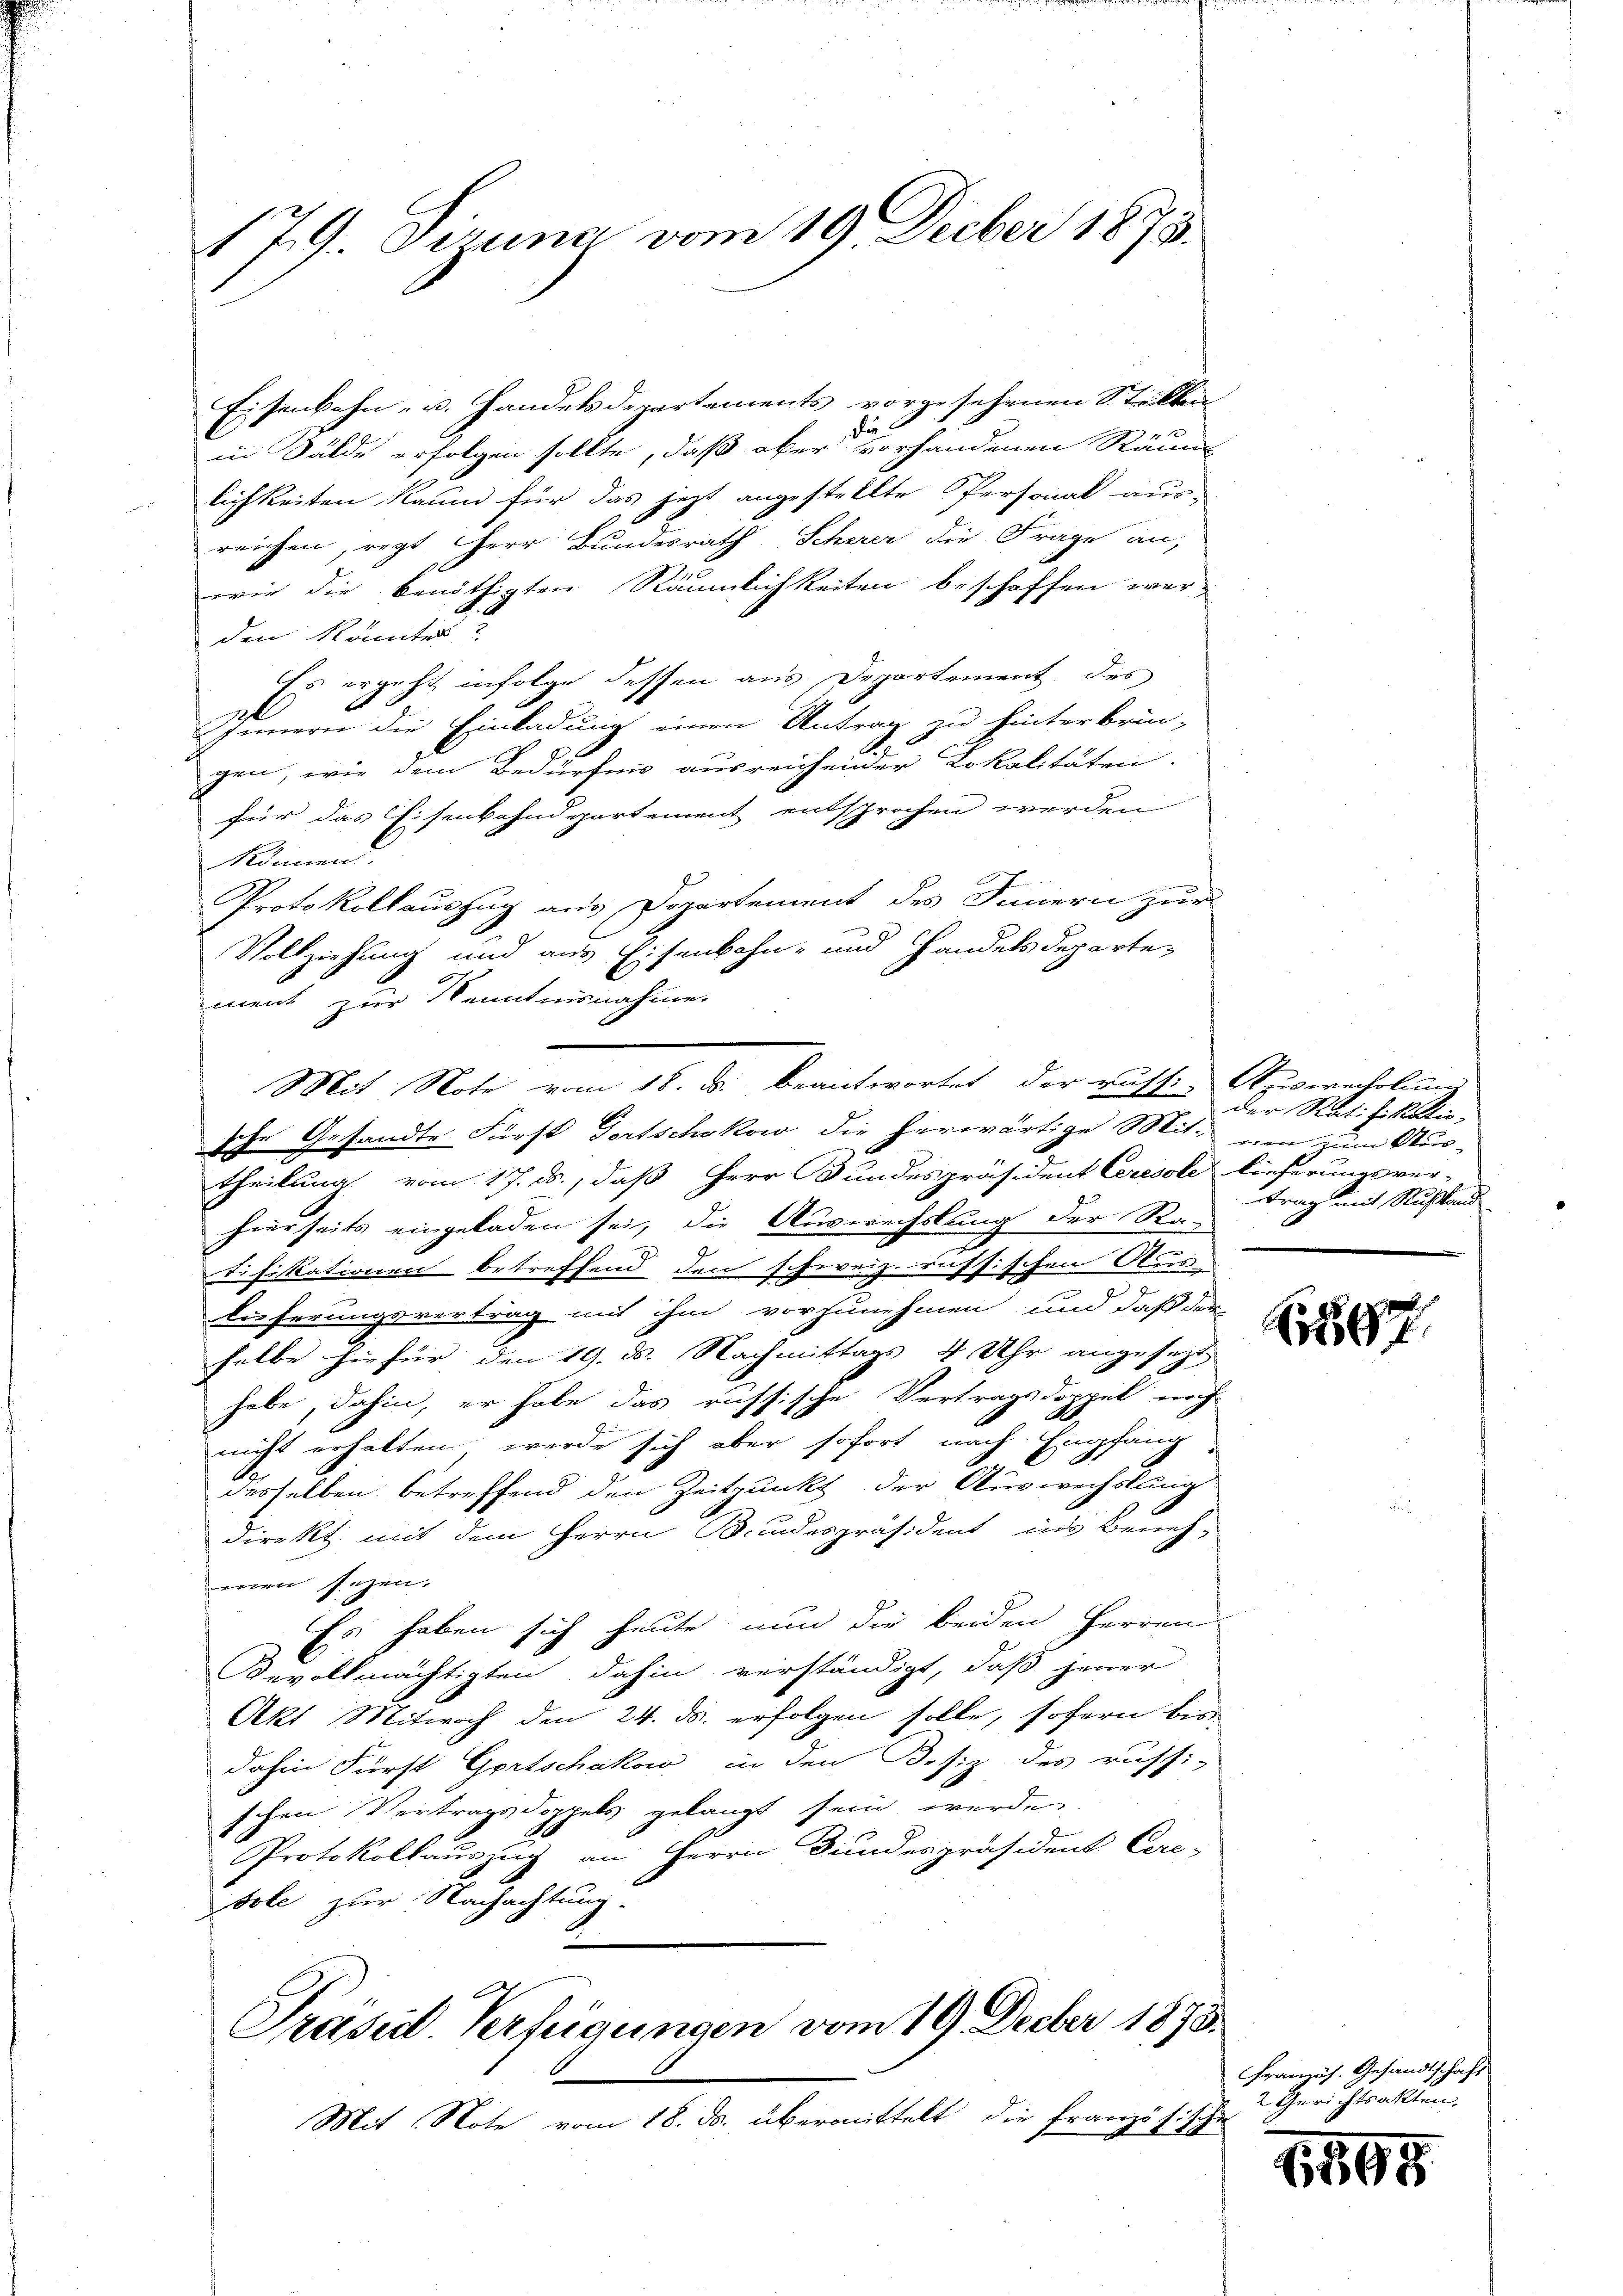
179. Sizung vom 19. Decber 1873.

Eisenbahn- u. Handelsdepartements vorgesehenen Stellen
in Bälde erfolgen sollte, daß ober vorhandenen Räum
lichkeiten Raum für das jetzt angestellte Personal aus-
reichen, regt Herr Bundesrath Scherer die Frage an,
wie die benöthigten Räumlichkeiten beschoffen werden kantes?
Es ergeht infolge dessen aus Departement des
E
feinern die Einladung einen Antrag zu hinterbrin-
A
gen, wie dem Bedürfnis ausreichender Lokalitäten.
für das Eisenbahndepartement entsprochen werden
können.
Protokollauszug aus Departement des Innern zur
Vollziehung und aus Eisenbahn- und Handelsdepartement zur Kenntnisnahmen
Ihr Gesandte Fürst dortschakow die herwärtige Mit- Aus-
theilung vom 17. ds., daß Herr Bundespräsident Ceresole lieferungsver-
hierseits eingeladen sei, die Auswechslung der Rau
Difikationen betreffend den schweiz. russischen Aus
x
Dieferungsvertrag mit ihm vorzunehmen, um daß der
selbe hiefür den 19. ds. Nachmittags 4 Uhr angesezt
habe, dahin, er habe das russische Vertragsdoppel noch
nicht erhalten, werde sich aber sofort nach Empfang
derselben betreffend den Zeitpunkt der Auswechslung
n
direkt. mit dem Herrn Bundespräsident ins Beneh-
men Einzen.
Es haben sich heute nun die beiden Herren
Bevollmächtigten dahin verständigt, daß jener
Akt Mitwoch den 24. ds. erfolgen solle, sofern bis
dahin Fürst Gortschakow in den Besiz des russi-
schen Vertragsdoppels gelangt sein werden
Protokollauszug an Herrn Bundespräsident Cere-
sole zur Nachachtung.
Präsid. Verfeigungen vom 19 Decber 1878.
Mit Note vom 18. ds. übermittelt die Französische

Mit Note vom 18. d. beantwortet der russi- Auswechslung

der Ratifikatio-
trag mit Rustand

897

Französ. Gesandtschaft
2 Zürichtsakten.

1195